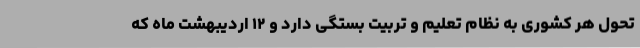
تحول هر کشوری به نظام تعلیم و تربیت بستگی دارد و ۱۲ اردیبهشت ماه که